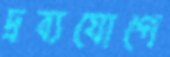
দ্রব্যযোগে